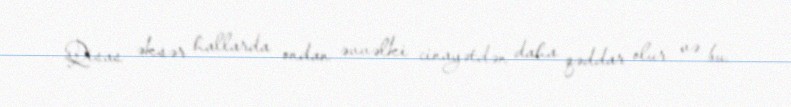
Qisas əksər hallarda ondan əvvəlki cinayətdən daha qəddar olur və bu,